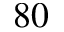
^ { 8 0 }